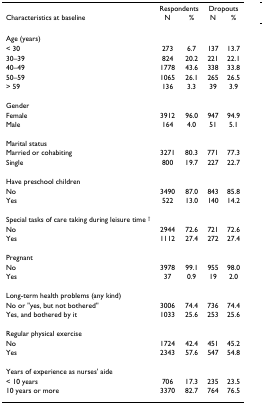
<table><thead><tr><td></td><td colspan="2"><b>Respondents</b></td><td colspan="2"><b>Dropouts</b></td></tr><tr><td><b>Characteristics at baseline</b></td><td><b>N</b></td><td><b>%</b></td><td><b>N</b></td><td><b>%</b></td></tr></thead><tbody><tr><td>Age (years)</td><td></td><td></td><td></td><td></td></tr><tr><td>&lt; 30</td><td>273</td><td>6.7</td><td>137</td><td>13.7</td></tr><tr><td>30–39</td><td>824</td><td>20.2</td><td>221</td><td>22.1</td></tr><tr><td>40–49</td><td>1778</td><td>43.6</td><td>338</td><td>33.8</td></tr><tr><td>50–59</td><td>1065</td><td>26.1</td><td>265</td><td>26.5</td></tr><tr><td>&gt; 59</td><td>136</td><td>3.3</td><td>39</td><td>3.9</td></tr><tr><td>Gender</td><td></td><td></td><td></td><td></td></tr><tr><td>Female</td><td>3912</td><td>96.0</td><td>947</td><td>94.9</td></tr><tr><td>Male</td><td>164</td><td>4.0</td><td>51</td><td>5.1</td></tr><tr><td>Marital status</td><td></td><td></td><td></td><td></td></tr><tr><td>Married or cohabiting</td><td>3271</td><td>80.3</td><td>771</td><td>77.3</td></tr><tr><td>Single</td><td>800</td><td>19.7</td><td>227</td><td>22.7</td></tr><tr><td>Have preschool children</td><td></td><td></td><td></td><td></td></tr><tr><td>No</td><td>3490</td><td>87.0</td><td>843</td><td>85.8</td></tr><tr><td>Yes</td><td>522</td><td>13.0</td><td>140</td><td>14.2</td></tr><tr><td>Special tasks of care taking during leisure time <sup>†</sup></td><td></td><td></td><td></td><td></td></tr><tr><td>No</td><td>2944</td><td>72.6</td><td>721</td><td>72.6</td></tr><tr><td>Yes</td><td>1112</td><td>27.4</td><td>272</td><td>27.4</td></tr><tr><td>Pregnant</td><td></td><td></td><td></td><td></td></tr><tr><td>No</td><td>3978</td><td>99.1</td><td>955</td><td>98.0</td></tr><tr><td>Yes</td><td>37</td><td>0.9</td><td>19</td><td>2.0</td></tr><tr><td>Long-term health problems (any kind)</td><td></td><td></td><td></td><td></td></tr><tr><td>No or &quot;yes, but not bothered&quot;</td><td>3006</td><td>74.4</td><td>736</td><td>74.4</td></tr><tr><td>Yes, and bothered by it</td><td>1033</td><td>25.6</td><td>253</td><td>25.6</td></tr><tr><td>Regular physical exercise</td><td></td><td></td><td></td><td></td></tr><tr><td>No</td><td>1724</td><td>42.4</td><td>451</td><td>45.2</td></tr><tr><td>Yes</td><td>2343</td><td>57.6</td><td>547</td><td>54.8</td></tr><tr><td>Years of experience as nurses&#x27; aide</td><td></td><td></td><td></td><td></td></tr><tr><td>&lt; 10 years</td><td>706</td><td>17.3</td><td>235</td><td>23.5</td></tr><tr><td>10 years or more</td><td>3370</td><td>82.7</td><td>764</td><td>76.5</td></tr></tbody></table>